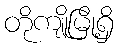
တိုကျိုမြို့ရှိ